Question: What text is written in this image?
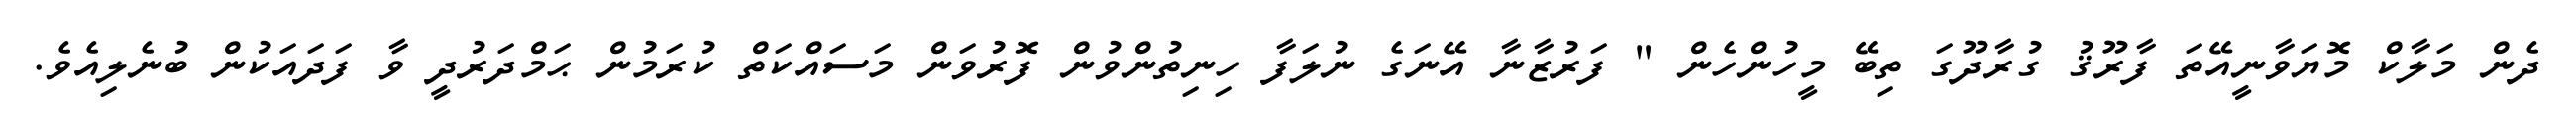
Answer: ދެން މަލާކް މޮޔަވާނީއޭތަ ފާރޫޤު ގުރާދޫގަ ތިބޭ މީހުންހެން " ފަރުޒާނާ އޭނަގެ ނުލަފާ ހިނިތުންވުން ފޮރުވަން މަސައްކަތް ކުރަމުން ޙަމްދަރުދީ ވާ ފަދައަކުން ބުނެލިއެވެ.